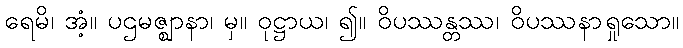
ရေမိ၊ အံ့။ ပဌမဇ္ဈာနာ၊ မှ။ ဝုဋ္ဌာယ၊ ၍။ ဝိပဿန္တဿ၊ ဝိပဿနာရှုသော။